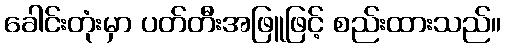
ခေါင်းတုံးမှာ ပတ်တီးအဖြူဖြင့် စည်းထားသည်။